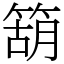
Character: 箶